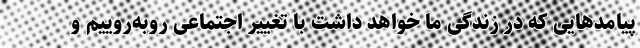
پیامدهایی که در زندگی ما خواهد داشت با تغییر اجتماعی روبه‌روییم و